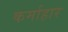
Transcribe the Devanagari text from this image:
कर्माहार